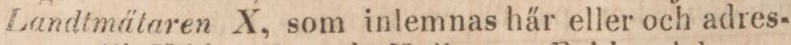
Landtmätaren X, som inlemnas här eller och adres-